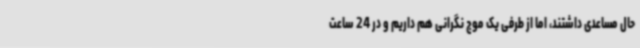
حال مساعدی داشتند، اما از طرفی یک موج نگرانی هم داریم و در 24 ساعت